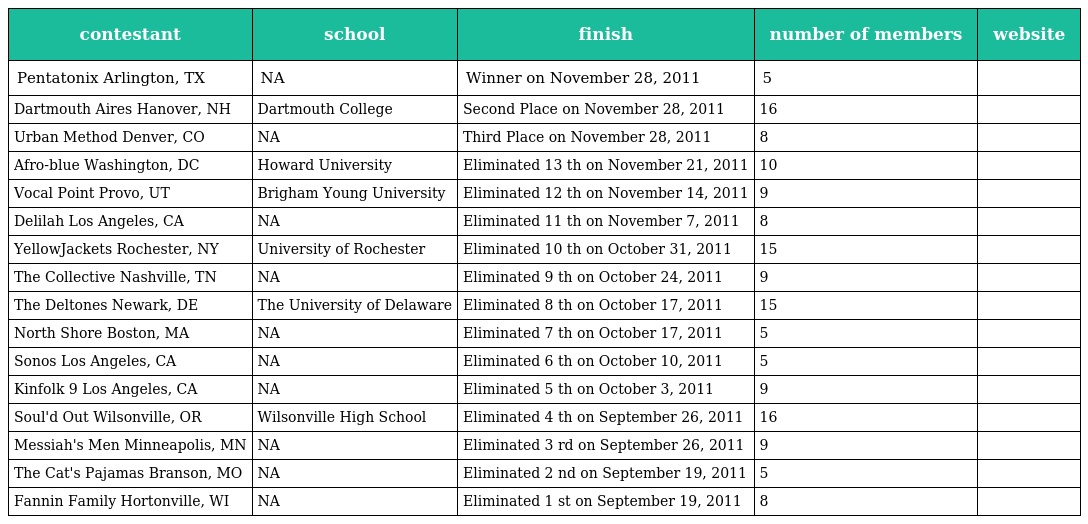
| contestant | school | finish | number of members | website |
 | --- | --- | --- | --- | --- |
 | Pentatonix Arlington, TX | NA | Winner on November 28, 2011 | 5 |  |
 | Dartmouth Aires Hanover, NH | Dartmouth College | Second Place on November 28, 2011 | 16 |  |
 | Urban Method Denver, CO | NA | Third Place on November 28, 2011 | 8 |  |
 | Afro-blue Washington, DC | Howard University | Eliminated 13 th on November 21, 2011 | 10 |  |
 | Vocal Point Provo, UT | Brigham Young University | Eliminated 12 th on November 14, 2011 | 9 |  |
 | Delilah Los Angeles, CA | NA | Eliminated 11 th on November 7, 2011 | 8 |  |
 | YellowJackets Rochester, NY | University of Rochester | Eliminated 10 th on October 31, 2011 | 15 |  |
 | The Collective Nashville, TN | NA | Eliminated 9 th on October 24, 2011 | 9 |  |
 | The Deltones Newark, DE | The University of Delaware | Eliminated 8 th on October 17, 2011 | 15 |  |
 | North Shore Boston, MA | NA | Eliminated 7 th on October 17, 2011 | 5 |  |
 | Sonos Los Angeles, CA | NA | Eliminated 6 th on October 10, 2011 | 5 |  |
 | Kinfolk 9 Los Angeles, CA | NA | Eliminated 5 th on October 3, 2011 | 9 |  |
 | Soul'd Out Wilsonville, OR | Wilsonville High School | Eliminated 4 th on September 26, 2011 | 16 |  |
 | Messiah's Men Minneapolis, MN | NA | Eliminated 3 rd on September 26, 2011 | 9 |  |
 | The Cat's Pajamas Branson, MO | NA | Eliminated 2 nd on September 19, 2011 | 5 |  |
 | Fannin Family Hortonville, WI | NA | Eliminated 1 st on September 19, 2011 | 8 |  |